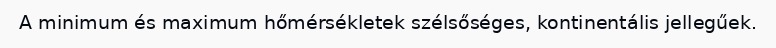
A minimum és maximum hőmérsékletek szélsőséges, kontinentális jellegűek.